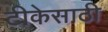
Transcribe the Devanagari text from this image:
टीकेसाठी